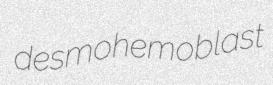
desmohemoblast